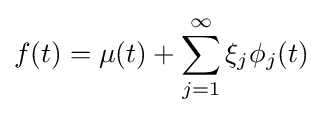
f(t)=\mu (t)+\sum _{j=1}^{\infty }\xi _{j}\phi _{j}(t)